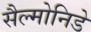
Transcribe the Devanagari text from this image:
सैल्मोनिडे